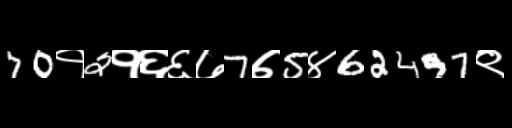
Text: 70१2१६६७7७5४62497९